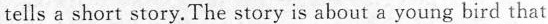
tells a short story. The story is about a young bird that